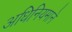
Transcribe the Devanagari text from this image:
अधिनियमाने